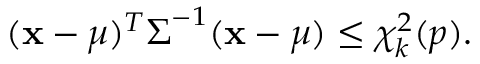
( { \mathbf { x } } - { \boldsymbol { \mu } } ) ^ { T } { \boldsymbol { \Sigma } } ^ { - 1 } ( { \mathbf { x } } - { \boldsymbol { \mu } } ) \leq \chi _ { k } ^ { 2 } ( p ) .